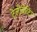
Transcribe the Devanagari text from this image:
टेलीवोटिंग